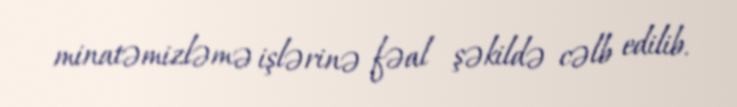
minatəmizləmə işlərinə fəal şəkildə cəlb edilib.